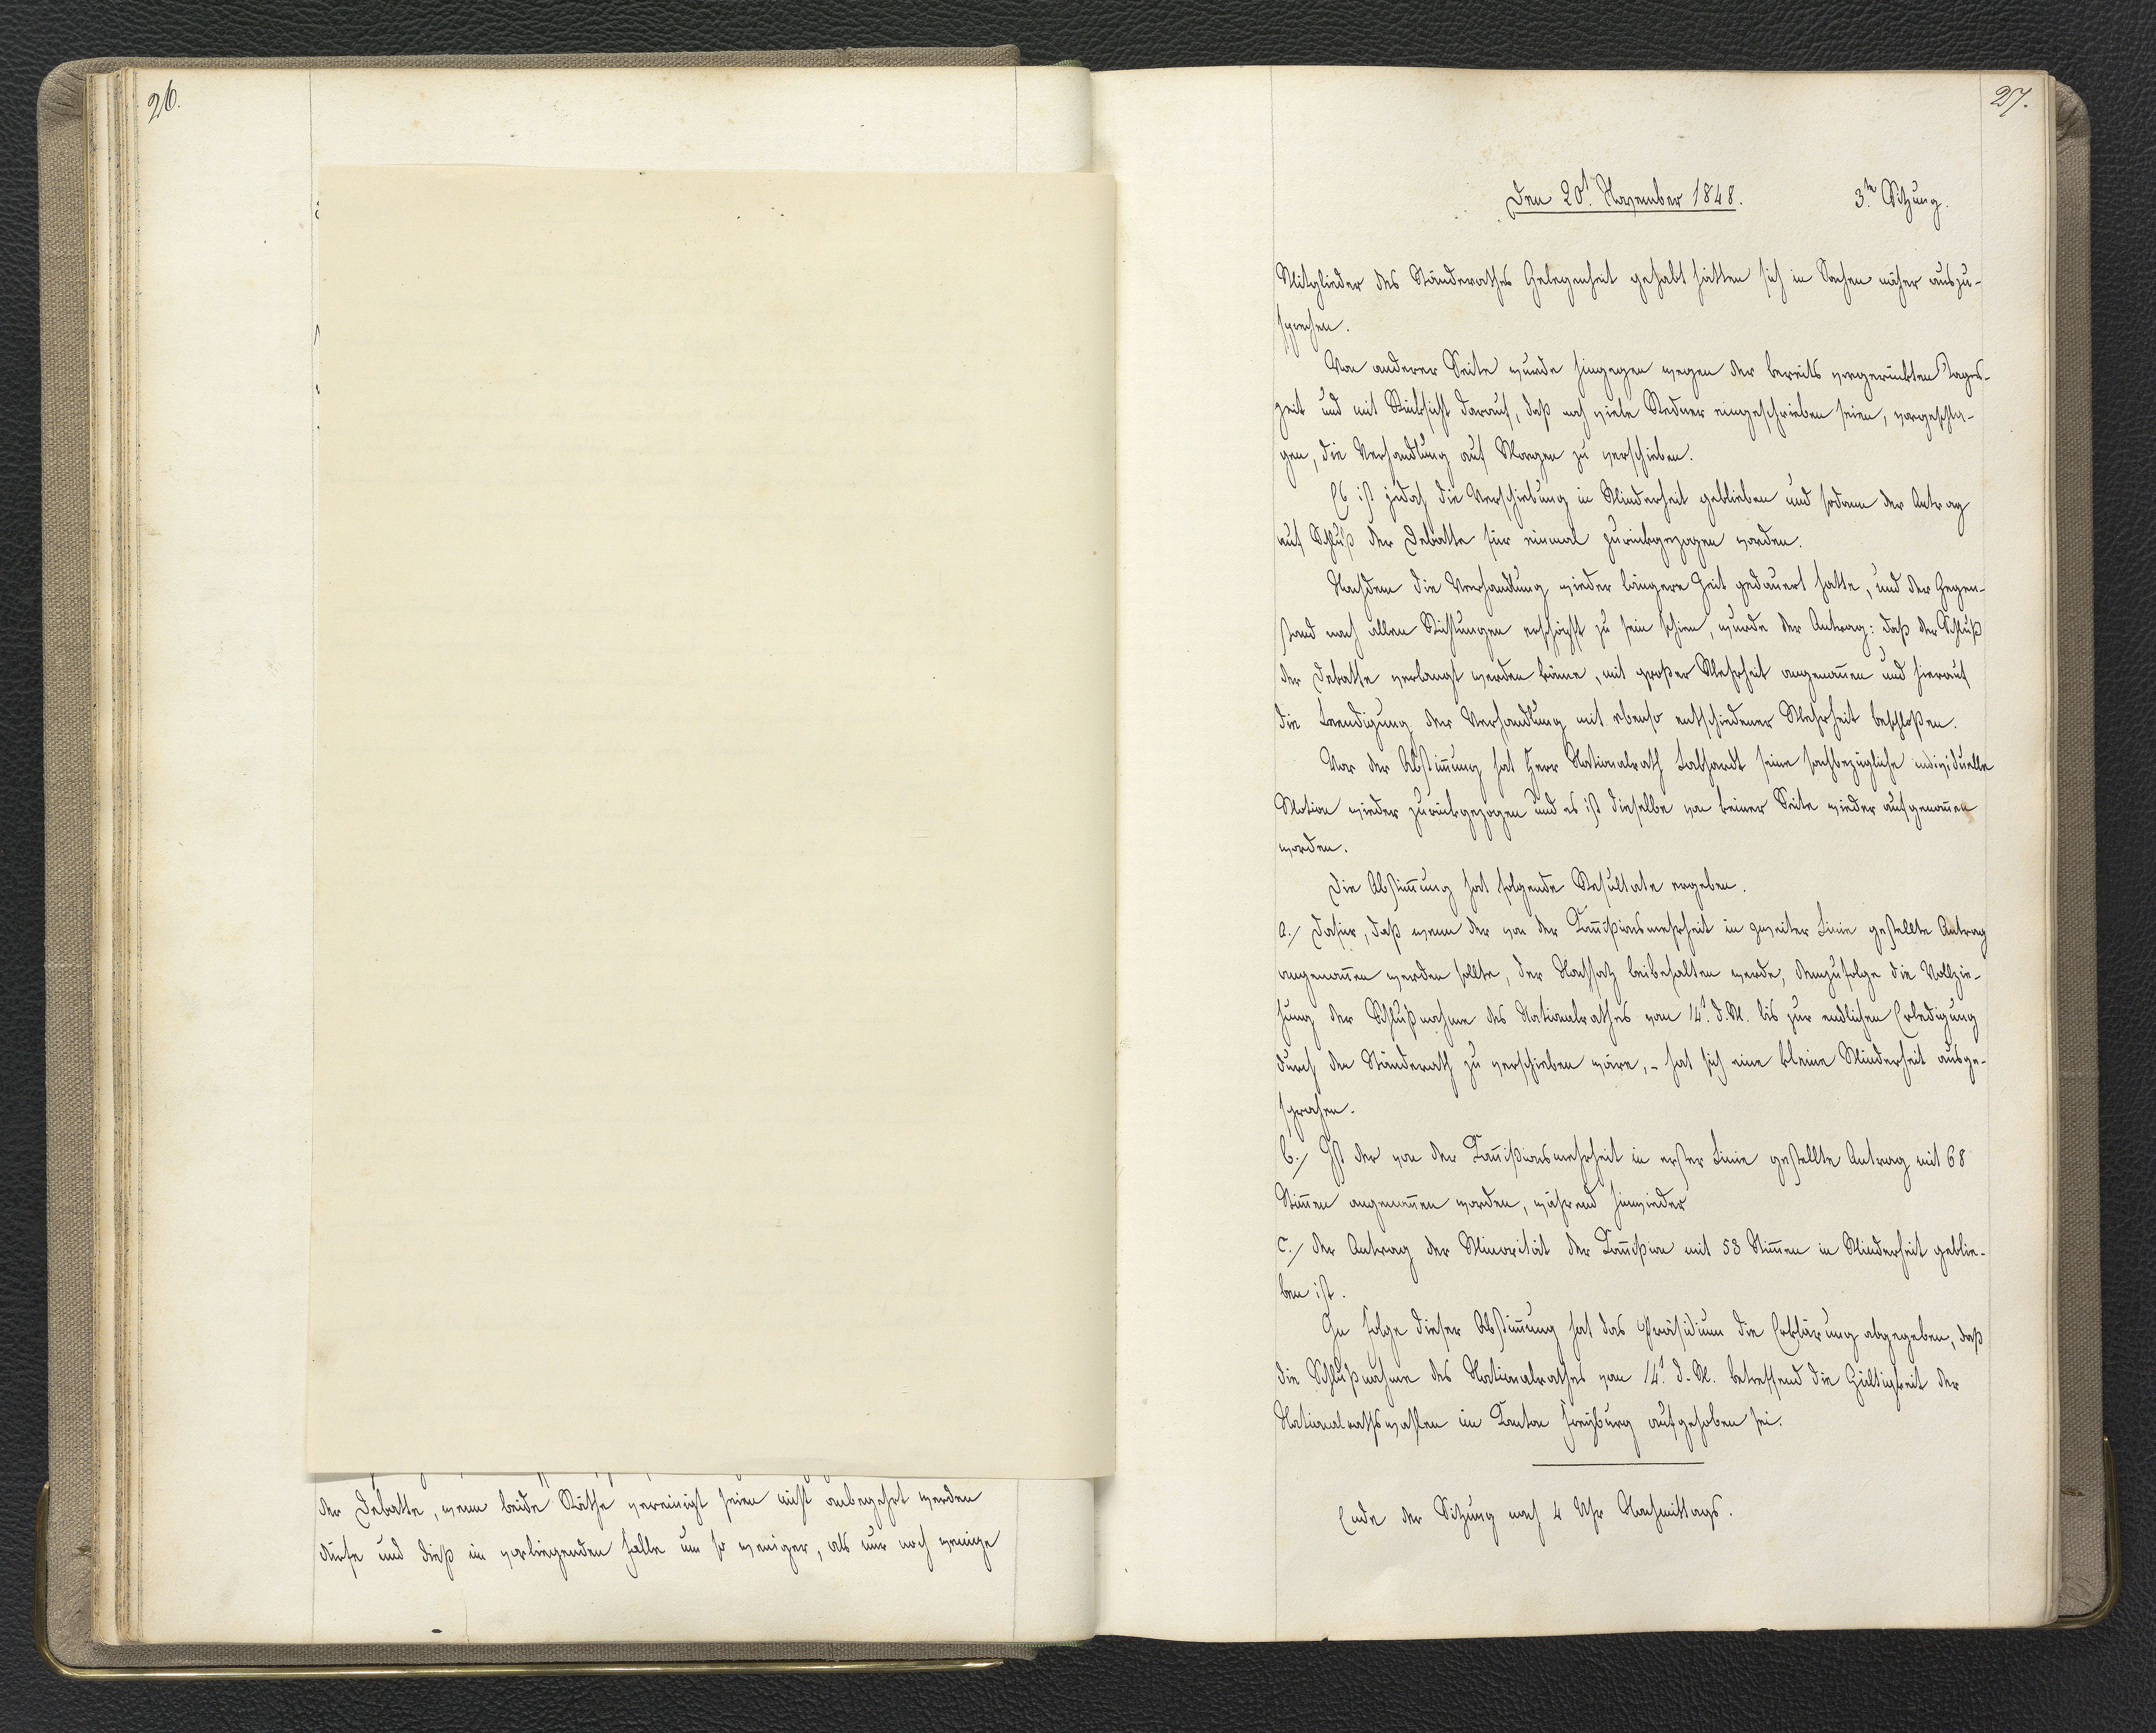
27.

Den 20.t November 1848.
3.te Sitzung.

Mitglieder des Ständerathes Gelegenheit gehabt hätten sich in Sachen näher auszu¬
sprechen.
Von anderer Seite wurde hingegen wegen der bereits vorgerückten Tages¬
zeit und mit Rücksicht darauf, daß noch viele Redner eingeschrieben seien, vorgeschla¬
gen, die Verhandlung auf Morgen zu verschieben.
Es ist jedoch die Verschiebung in Minderheit geblieben und sodann der Antrag
auf Schluß der Debatte für einmal zurückgezogen worden.
Nachdem die Verhandlung wieder längere Zeit gedauert hatte, und der Gegen¬
stand nach allen Richtungen erschöpft zu sein schien, wurde der Antrag: daß der Schluß
der Debatte verlangt werden könne, mit großer Mehrheit angenommen und hierauf
die Beendigung der Verhandlung mit ebenso entschiedener Mehrheit beschloßen.
Vor der Abstimmung hat Herr Nationalrath Labhardt seine sachbezügliche individuelle
Motion wieder zurückgezogen und es ist dieselbe von keiner Seite wieder aufgenommen
worden.
Die Abstimmung hat folgende Resultate ergeben.
a. Dafür, daß wenn der von der Kommißionsmehrheit in zweiter Linie gestellte Antrag
angenommen werden sollte, der Nachsatz beibehalten werde, demzufolge die Vollzie¬
hung der Schlußnahme des Nationalrathes vom 14.t d. M. bis zur endlichen Erledigung
durch den Ständerath zu verschieben wäre, - hat sich eine kleine Minderheit ausge¬
sprochen.
b. Ist der von der Kommißionsmehrheit in erster Linie gestellte Antrag mit 68
Stimmen angenommen worden, während hinwieder.
c. Der Antrag der Minorität der Kommißion mit 53 Stimmen in Minderheit geblie¬
ben ist.
In Folge dieser Abstimmung hat das Präsidium die Erklärung abgegeben, daß
die Schlußnahme des Nationalrathes von 14.t d. M. betreffend die Gültigkeit der
Nationalrathswahlen im Kanton Freyburg aufgehoben sei.
Ende der Sitzung nach 4 Uhr Nachmittags.